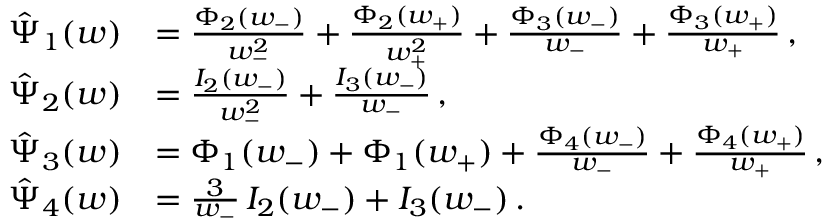
\begin{array} { r l } { \hat { \Psi } _ { 1 } ( w ) } & { = \frac { \Phi _ { 2 } ( w _ { - } ) } { w _ { - } ^ { 2 } } + \frac { \Phi _ { 2 } ( w _ { + } ) } { w _ { + } ^ { 2 } } + \frac { \Phi _ { 3 } ( w _ { - } ) } { w _ { - } } + \frac { \Phi _ { 3 } ( w _ { + } ) } { w _ { + } } \, , } \\ { \hat { \Psi } _ { 2 } ( w ) } & { = \frac { I _ { 2 } ( w _ { - } ) } { w _ { - } ^ { 2 } } + \frac { I _ { 3 } ( w _ { - } ) } { w _ { - } } \, , } \\ { \hat { \Psi } _ { 3 } ( w ) } & { = \Phi _ { 1 } ( w _ { - } ) + \Phi _ { 1 } ( w _ { + } ) + \frac { \Phi _ { 4 } ( w _ { - } ) } { w _ { - } } + \frac { \Phi _ { 4 } ( w _ { + } ) } { w _ { + } } \, , } \\ { \hat { \Psi } _ { 4 } ( w ) } & { = \frac { 3 } { w _ { - } } \, I _ { 2 } ( w _ { - } ) + I _ { 3 } ( w _ { - } ) \, . } \end{array}